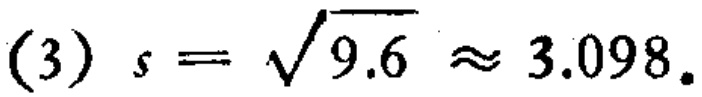
(3) \(s = \sqrt{9.6} \approx 3.098\)